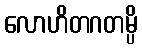
လောဟိတဂတမ္ပိ